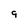
Character: 9